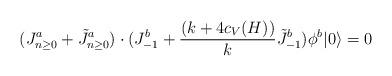
LaTeX: \begin{align*}(J^a_{n\ge0}+\tilde J^a_{n\ge0})\cdot (J^b_{-1}+{(k+4c_V(H))\over k}\tilde J^b_{-1})\phi^b|0\rangle=0\end{align*}